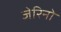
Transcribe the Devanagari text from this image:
जेरिनो